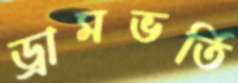
ড্রামভর্তি